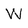
Character: W